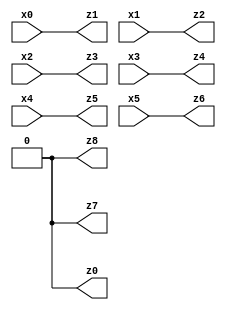
// Benchmark "X_78" written by ABC on Tue Jun 06 22:28:44 2023

module X_78 ( 
    x0, x1, x2, x3, x4, x5,
    z0, z1, z2, z3, z4, z5, z6, z7, z8  );
  input  x0, x1, x2, x3, x4, x5;
  output z0, z1, z2, z3, z4, z5, z6, z7, z8;
  assign z0 = 1'b0;
  assign z1 = x0;
  assign z2 = x1;
  assign z3 = x2;
  assign z4 = x3;
  assign z5 = x4;
  assign z6 = x5;
  assign z7 = 1'b0;
  assign z8 = 1'b0;
endmodule